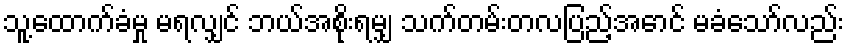
သူ့ထောက်ခံမှု မရလျှင် ဘယ်အစိုးရမျှ သက်တမ်းတလပြည့်အောင် မခံသော်လည်း